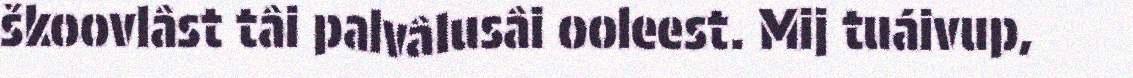
škoovlâst tâi palvâlusâi ooleest. Mij tuáivup,